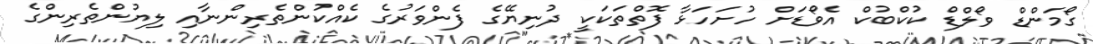
ގޯމަންޑް ވޯލްޑް ކުކްބުކް އެވޯޑަށް ހުށަހަޅާ ފޮތްތަކަކީ ދުނިޔޭގެ ފެންވަރުގެ ކެއްކުންތެރިންނާއި ލިޔުންތެރިންގެ